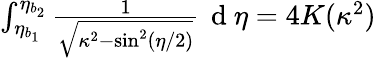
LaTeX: \begin{array}{r}{\int_{\eta_{b_{1}}}^{\eta_{b_{2}}}\frac{1}{\sqrt{\kappa^{2}-\sin^{2}(\eta/2)}}\, \mathrm{~d~}\eta=4K(\kappa^{2})}\end{array}